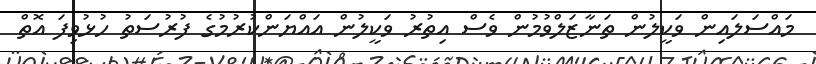
މައްސަލައިން ވަކީލުން ތަނާޒަލްވުމުން ވެސް އިތުރު ވަކީލުން އައްޔަންކުރުމުގެ ފުރުސަތު ހުޅުވިފަ އޮތް